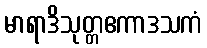
မာရာဒိသုတ္တဧကာဒသကံ